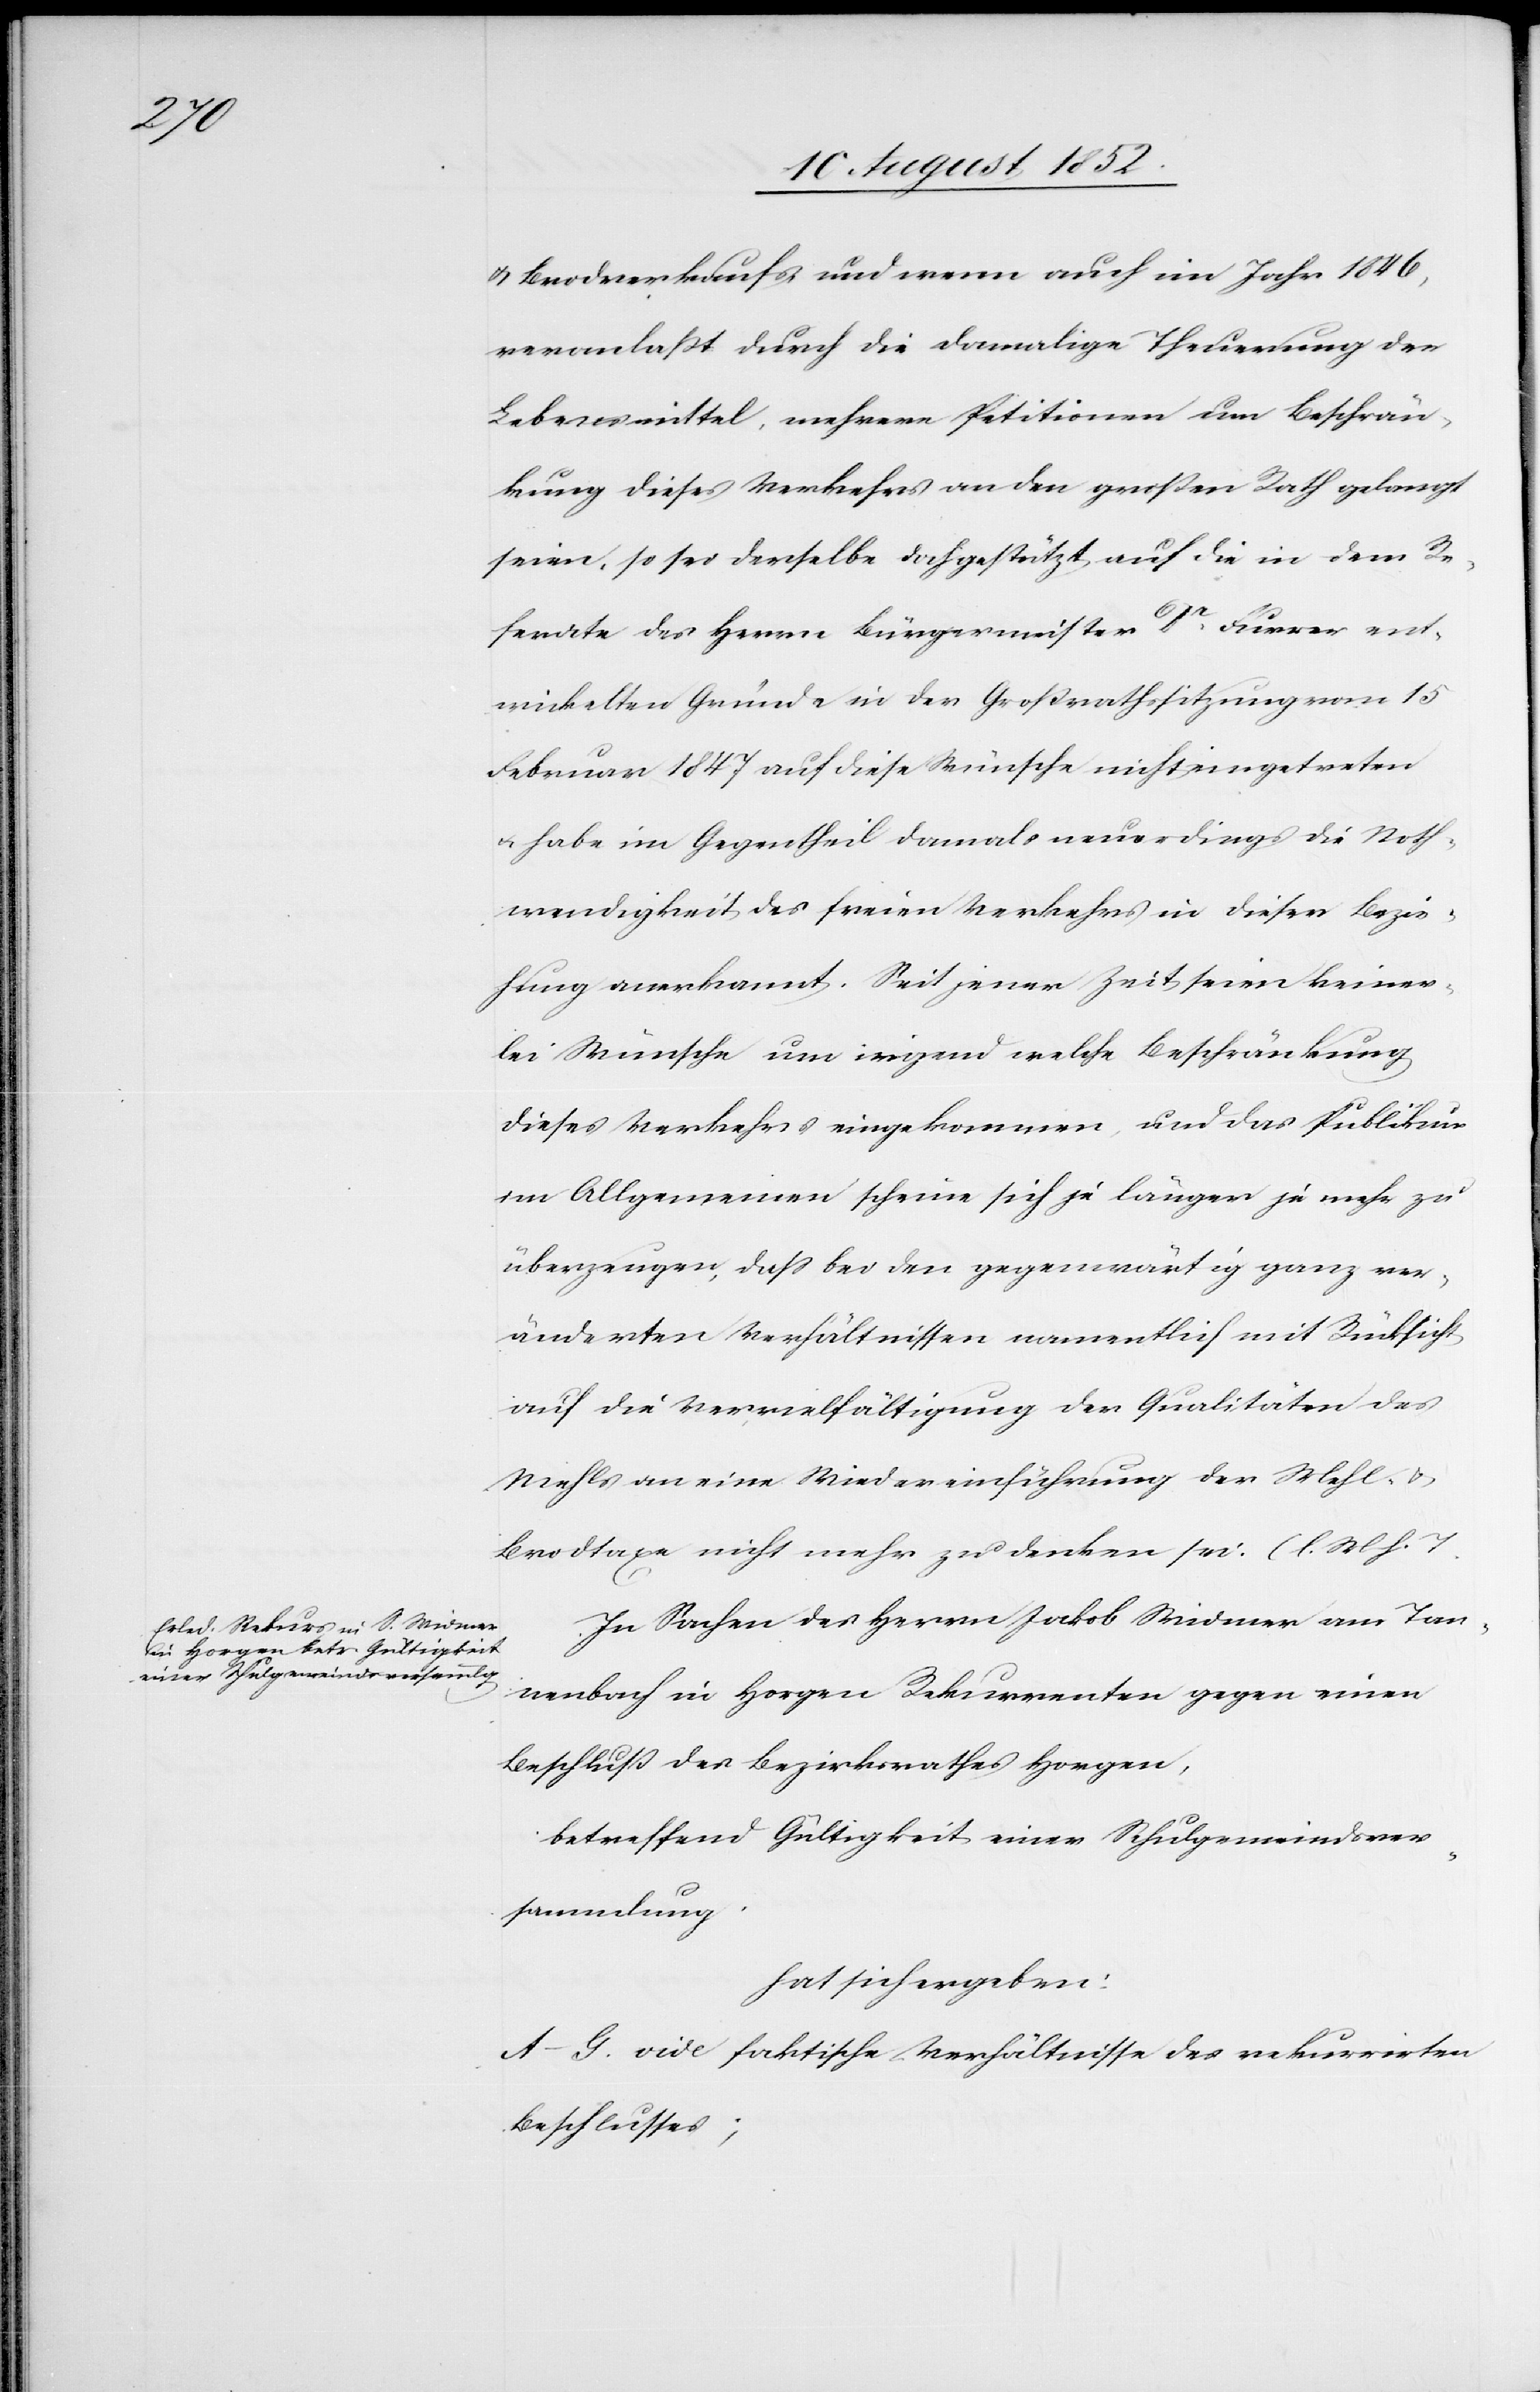
& Brodverkaufs, und wenn auch im Jahr 1846,
veranlaßt durch die damalige Theuerung der
Lebensmittel, mehrere Petitionen um Beschrän¬
kung dieses Verkehres an den großen Rath gelangt
seien, so sei derselbe doch gestützt auf die in dem Re¬
ferate des Herrn Bürgermeister Dr. Furrer ent¬
wickelten Gründe in der Großrathssitzung vom 15
Februar 1847 auf diese Wünsche nicht eingetreten
& habe im Gegentheil damals neuerdings die Noth¬
wendigkeit des freien Verkehrs in dieser Bezie¬
hung anerkannt. Seit jener Zeit seien keiner¬
lei Wünsche um irgend welche Beschränkung
dieses Verkehrs eingekommen, und das Publikum
im Allgemeinen scheine sich je länger je mehr zu
überzeugen, dass bei den gegenwärtig ganz ver¬
änderten Verhältnissen namentlich mit Rücksicht
auf die Vervielfältigung der Qualitäten des
Mehls an eine Wiedereinführung der Mehl- &
Brodtaxe nicht mehr zu denken sei. (l. M h.
In Sachen des Herrn Jakob Widmer am Tan¬
nenbach in Horgen Rekurrenten gegen einen
Beschluß des Bezirksrathes Horgen,
betreffend Gültigkeit einer Schulgemeindsver¬
sammlung.
hat sich ergeben:
A–G. vide faktische Verhältnisse des rekurrirten
Beschlusses;